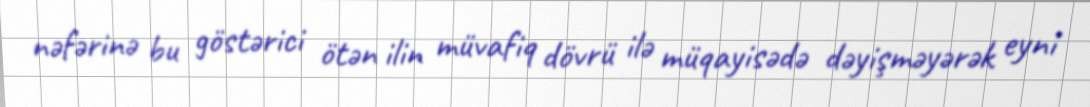
nəfərinə bu göstərici ötən ilin müvafiq dövrü ilə müqayisədə dəyişməyərək eyni